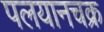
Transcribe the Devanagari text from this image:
पलयानचक्र